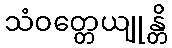
သံဝတ္တေယျုန္တိ